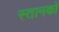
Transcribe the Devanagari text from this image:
स्तानकों